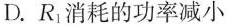
D.R_{1}消耗的功率减小